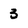
Character: 3